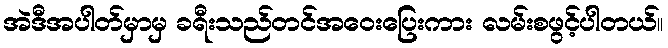
အဲဒီအပါတ်မှာမှ ခရီးသည်တင်အဝေးပြေးကား လမ်းစဖွင့်ပါတယ်။